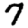
Digit: 7